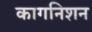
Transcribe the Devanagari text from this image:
कागनिशन